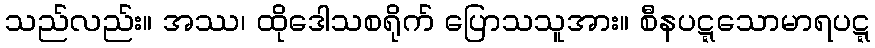
သည်လည်း။ အဿ၊ ထိုဒေါသစရိုက် ပြောသသူအား။ စီနပဋ္ဋသောမာရပဋ္ဋ